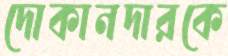
দোকানদারকে